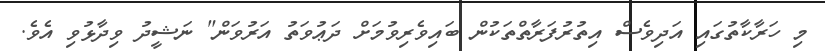
މި ހަރާކާތުގައި އަދިވެސް އިތުރުފަރާތްތަކުން ބައިވެރިވުމަށް ދަޢުވަތު އަރުވަން" ނަޝީދު ވިދާޅުވި އެވެ.